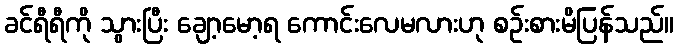
ခင်ရီရီကို သွားပြီး ချော့မော့ရ ကောင်းလေမလားဟု စဉ်းစားမိပြန်သည်။